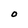
Character: O